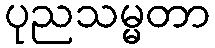
ပုညသမ္မတာ